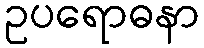
ဥပရောဓနာ